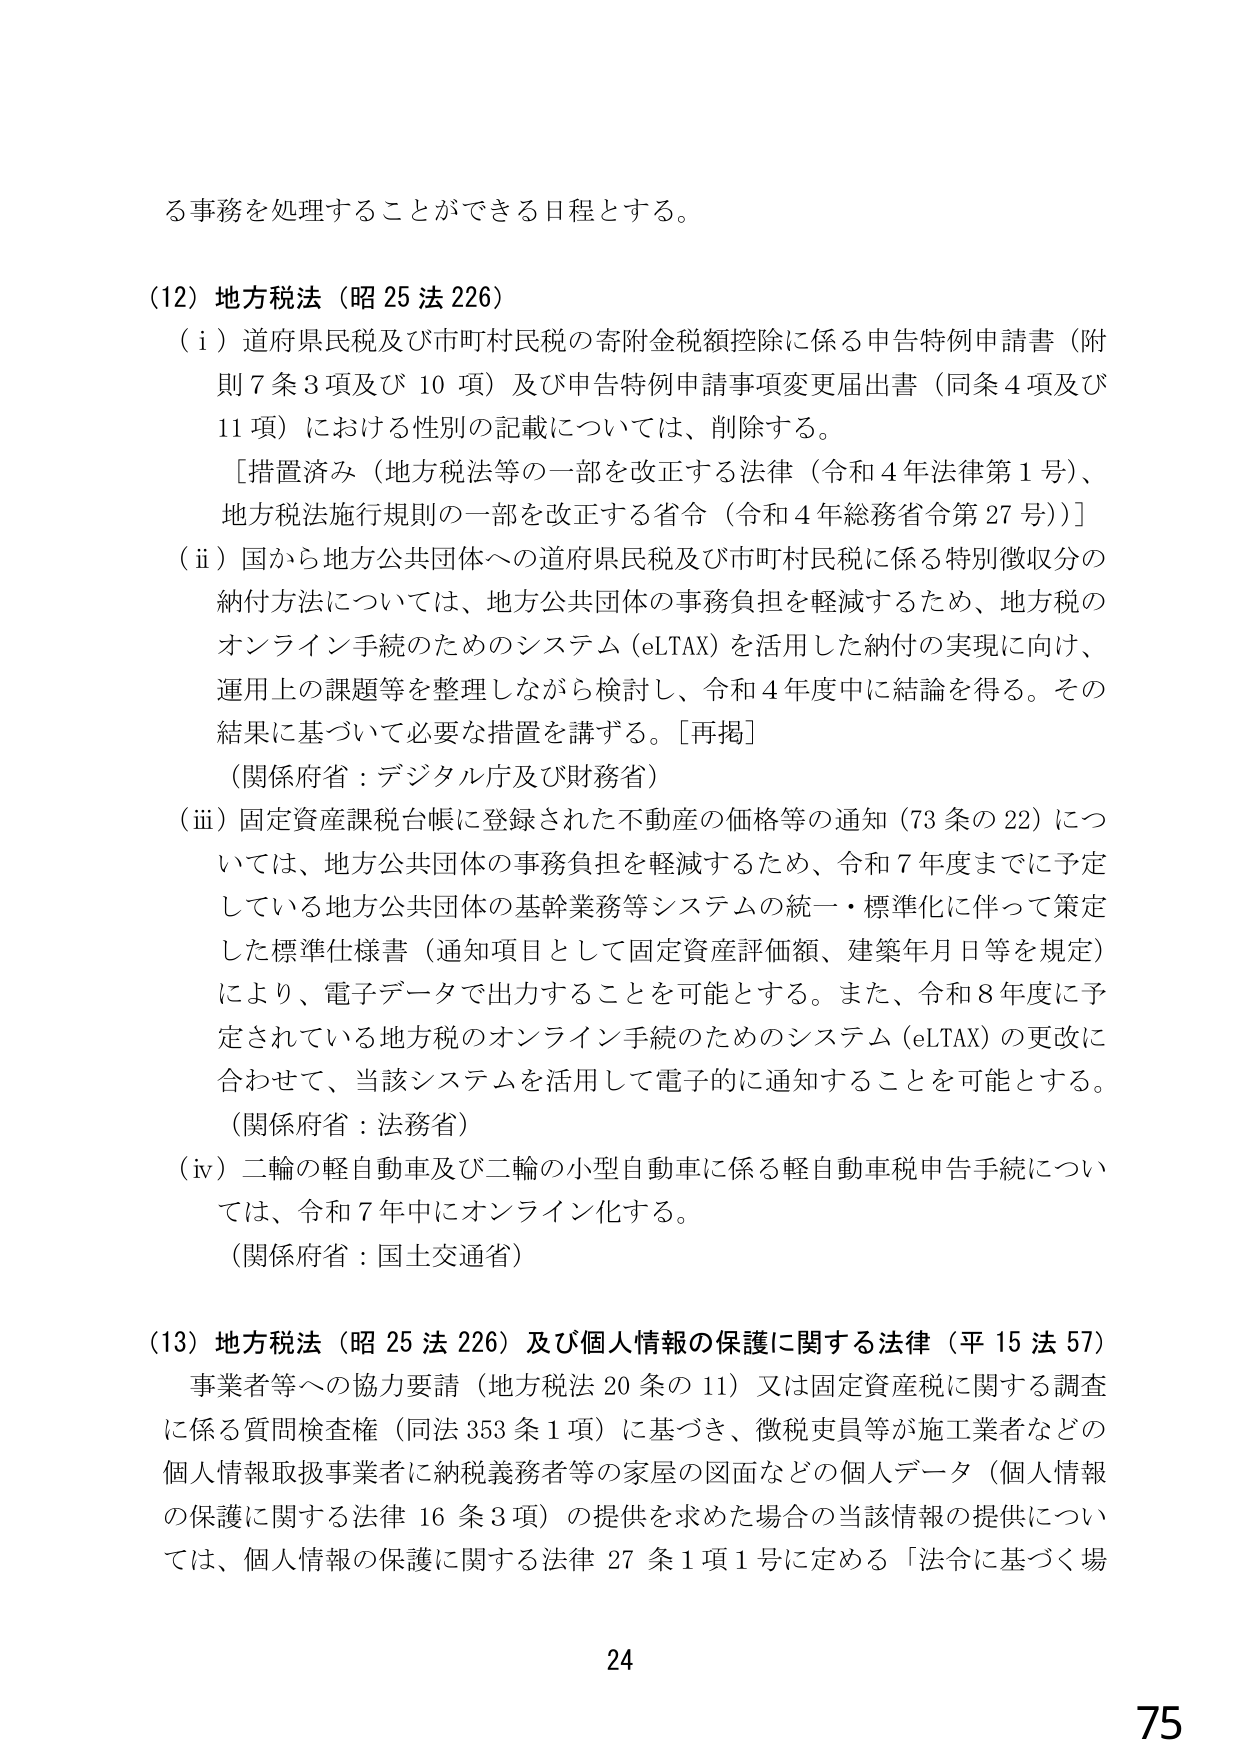
る事務を処理することができる日程とする。

（12）地方税法（昭25法226）
（i）道府県民税及び市町村民税の寄附金税額控除に係る申告特例申請書（附則7条3項及び10項）及び申告特例申請事項変更届出書（同条4項及び11項）における性別の記載については、削除する。
［措置済み（地方税法等の一部を改正する法律（令和4年法律第1号）、地方税法施行規則の一部を改正する省令（令和4年総務省令第27号））］
（ii）国から地方公共団体への道府県民税及び市町村民税に係る特別徴収分の納付方法については、地方公共団体の事務負担を軽減するため、地方税のオンライン手続のためのシステム（eLTAX）を活用した納付の実現に向け、運用上の課題等を整理しながら検討し、令和4年度中に結論を得る。その結果に基づいて必要な措置を講ずる。［再掲］
（関係府省：デジタル庁及び財務省）
（iii）固定資産課税台帳に登録された不動産の価格等の通知（73条の22）については、地方公共団体の事務負担を軽減するため、令和7年度までに予定している地方公共団体の基幹業務等システムの統一・標準化に伴って策定した標準仕様書（通知項目として固定資産評価額、建築年月日等を規定）により、電子データで出力することを可能とする。また、令和8年度に予定されている地方税のオンライン手続のためのシステム（eLTAX）の更改に合わせて、当該システムを活用して電子的に通知することを可能とする。
（関係府省：法務省）
（iv）二輪の軽自動車及び二輪の小型自動車に係る軽自動車税申告手続については、令和7年中にオンライン化する。
（関係府省：国土交通省）

（13）地方税法（昭25法226）及び個人情報の保護に関する法律（平15法57）
事業者等への協力要請（地方税法20条の11）又は固定資産税に関する調査に係る質問検査権（同法353条1項）に基づき、徴税吏員等が施工業者などの個人情報取扱事業者に納税義務者等の家屋の図面などの個人データ（個人情報の保護に関する法律16条3項）の提供を求めた場合の当該情報の提供については、個人情報の保護に関する法律27条1項1号に定める「法令に基づく場

24
75